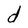
Character: d